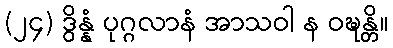
(၂၄) ဒွိန္နံ ပုဂ္ဂလာနံ အာသဝါ န ဝဍ္ဎန္တိ။